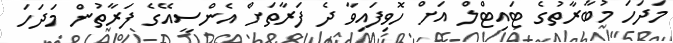
މަދަހަ މުބާރާތުގެ ޓައިޓްލް އަށް ހޮވިފައިވާ ދެ ފަރާތަށް އެންސީއޭގެ ފަރާތުން މަދަހަ